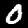
Digit: 0